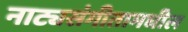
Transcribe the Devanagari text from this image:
नाट्यसंगीतामधील